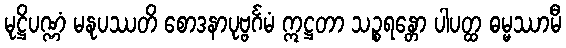
မုဋ္ဌိပဏ္ဏံ မနုပဿတိ စောဒနာပုဗ္ဗင်္ဂမံ ဣဋ္ဌတာ သဉ္စရန္တော ပါပတ္ထ ဓမ္မဿာမီ